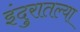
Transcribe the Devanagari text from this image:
इंदुरातल्या